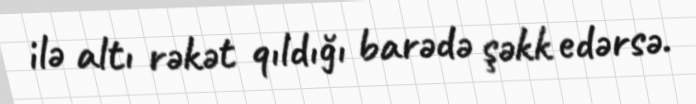
ilə altı rəkət qıldığı barədə şəkk edərsə.